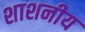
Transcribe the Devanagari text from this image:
शाशनीय